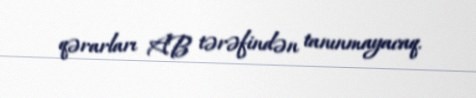
qərarları AB tərəfindən tanınmayacaq.